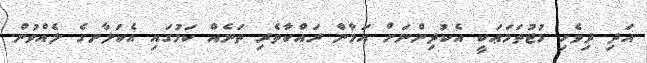
އަދި ދިވެހި މުޖުތަމަޢަކީ އެކުދިންނަށް އަމާން ރައްކާތެރި ތަނެއް ކަމުގައި އެކަލާނގެ ލެއްވުން.